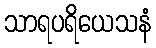
သာရပရိယေသနံ